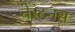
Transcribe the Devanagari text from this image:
चेस्टनस